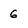
Character: 6